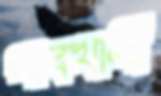
গাবখালী